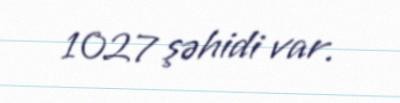
1027 şəhidi var.